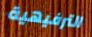
الترفيهية